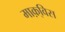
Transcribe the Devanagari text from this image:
माक़्विस